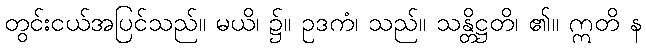
တွင်းငယ်အပြင်သည်။ မယိ၊ ၌။ ဥဒကံ၊ သည်။ သန္တိဋ္ဌတိ၊ ၏။ ဣတိ န